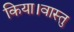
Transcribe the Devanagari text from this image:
किया।वास्तु